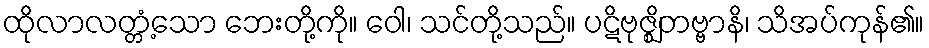
ထိုလာလတ္တံ့သော ဘေးတို့ကို။ ဝေါ၊ သင်တို့သည်။ ပဋိဗုဇ္ဈိတဗ္ဗာနိ၊ သိအပ်ကုန်၏။